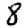
Digit: 8